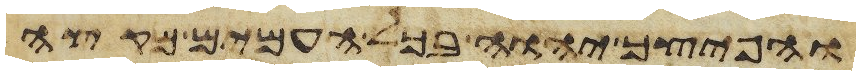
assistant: והפיצך יהוה בכל העמים מקצה